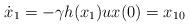
LaTeX: \begin{align*}\dot{x}_1 =-\gamma h(x_1) ux(0) = x_{10}\end{align*}